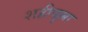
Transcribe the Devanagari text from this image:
शहीदुल्ला